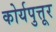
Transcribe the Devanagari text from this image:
कोर्यपुत्तूर